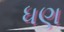
ધણ